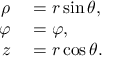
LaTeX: \begin{array} { r l } { \rho } & { { } = r \sin \theta , } \\ { \varphi } & { { } = \varphi , } \\ { z } & { { } = r \cos \theta . } \end{array}